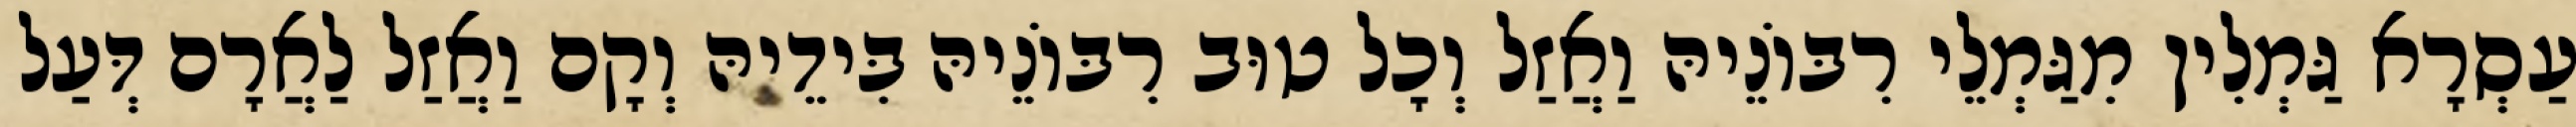
עַסְרָא גַּמְלִין מִגַּמְלֵי רִבּוֹנֵיהּ וַאֲזַל וְכָל טוּב רִבּוֹנֵיהּ בִּידֵיהּ וְקָם וַאֲזַל לַאֲרָם דְּעַל